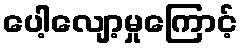
ပေါ့လျော့မှုကြောင့်